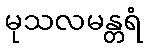
မုသလမန္တရံ